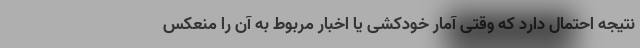
نتیجه احتمال دارد که وقتی آمار خودکشی یا اخبار مربوط به آن را منعکس